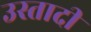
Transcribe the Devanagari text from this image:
उस्तादी